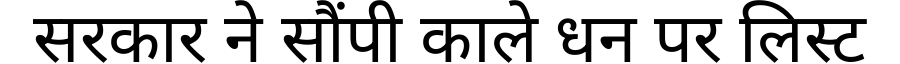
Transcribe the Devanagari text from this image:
सरकार ने सौंपी काले धन पर लिस्ट